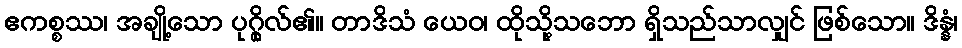
ဧကစ္စဿ၊ အချို့သော ပုဂ္ဂိုလ်၏။ တာဒိသံ ယေဝ၊ ထိုသို့သဘော ရှိသည်သာလျှင် ဖြစ်သော။ ဒိန္နံ၊